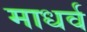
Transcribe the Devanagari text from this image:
माधर्व